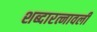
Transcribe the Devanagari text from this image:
शब्दारत्नावली